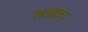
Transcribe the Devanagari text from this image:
लक्कन्ना